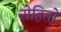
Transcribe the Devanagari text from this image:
रोहितो